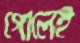
গোলেই